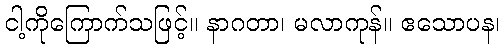
ငါ့ကိုကြောက်သဖြင့်။ နာဂတာ၊ မလာကုန်။ ဧသောပန၊